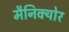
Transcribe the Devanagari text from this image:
मैनिक्योर